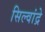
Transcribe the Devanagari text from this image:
सिल्वांद्रे